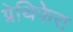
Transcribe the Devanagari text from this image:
ग्नेथिफेरा